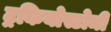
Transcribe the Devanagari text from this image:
ट्रकियोस्टोमी